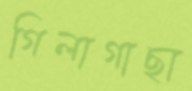
গিলাগাছা